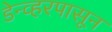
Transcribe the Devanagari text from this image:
डेन्व्हरपासून